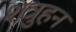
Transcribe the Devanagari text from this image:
शत्रुहन